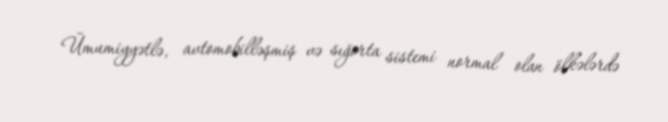
Ümumiyyətlə, avtomobilləşmiş və sığorta sistemi normal olan ölkələrdə